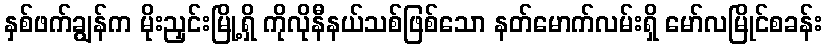
နှစ်ဖက်ချွန်က မိုးညှင်းမြို့ရှိ ကိုလိုနီနယ်သစ်ဖြစ်သော နတ်မောက်လမ်းရှိ မော်လမြိုင်စခန်း